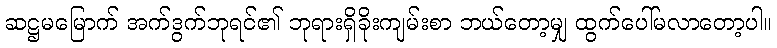
ဆဋ္ဌမမြောက် အက်ဒွက်ဘုရင်၏ ဘုရားရှိခိုးကျမ်းစာ ဘယ်တော့မျှ ထွက်ပေါ်မလာတော့ပါ။